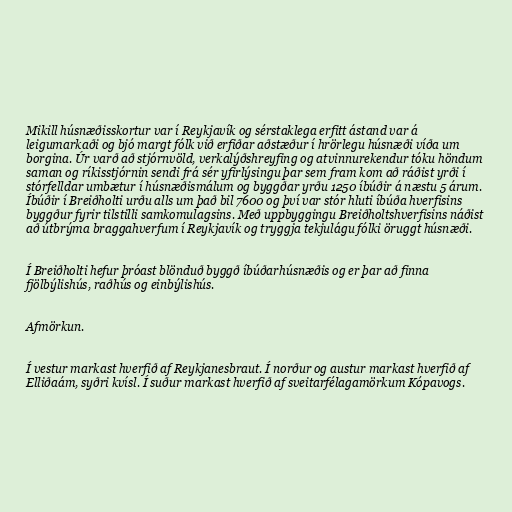
Mikill húsnæðisskortur var í Reykjavík og sérstaklega erfitt ástand var á
leigumarkaði og bjó margt fólk við erfiðar aðstæður í hrörlegu húsnæði víða um
borgina. Úr varð að stjórnvöld, verkalýðshreyfing og atvinnurekendur tóku höndum
saman og ríkisstjórnin sendi frá sér yfirlýsingu þar sem fram kom að ráðist yrði í
stórfelldar umbætur í húsnæðismálum og byggðar yrðu 1250 íbúðir á næstu 5 árum.
Íbúðir í Breiðholti urðu alls um það bil 7600 og því var stór hluti íbúða hverfisins
byggður fyrir tilstilli samkomulagsins. Með uppbyggingu Breiðholtshverfisins náðist
að útbrýma braggahverfum í Reykjavík og tryggja tekjulágu fólki öruggt húsnæði.

Í Breiðholti hefur þróast blönduð byggð íbúðarhúsnæðis og er þar að finna
fjölbýlishús, raðhús og einbýlishús.

Afmörkun.

Í vestur markast hverfið af Reykjanesbraut. Í norður og austur markast hverfið af
Elliðaám, syðri kvísl. Í suður markast hverfið af sveitarfélagamörkum Kópavogs.